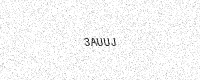
Text: 3AUUJ